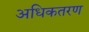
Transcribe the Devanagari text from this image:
अधिकतरण